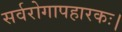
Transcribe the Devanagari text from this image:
सर्वरोगापहारकः।